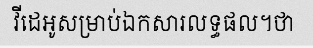
វីដេអូសម្រាប់ឯកសារលទ្ធផល។ថា